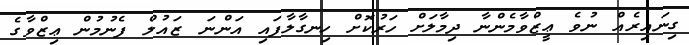
ގިނައިރެއް ނުވެ ޢީޒްވާމެންނާ ދިމާލަށް ހަރުކޮށް ހިނގާލާފައި އަންނަ ޒައުލް ފެނުމުން ޢިޒްވާގެ